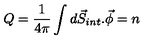
Q = \frac { 1 } { 4 \pi } \int d \vec { S } _ { i n t } . \vec { \phi } = n